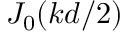
J _ { 0 } ( k d / 2 )